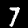
Label: 7